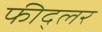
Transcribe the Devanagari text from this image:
फीद्लर